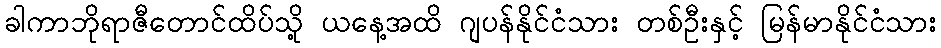
ခါကာဘိုရာဇီတောင်ထိပ်သို့ ယနေ့အထိ ဂျပန်နိုင်ငံသား တစ်ဦးနှင့် မြန်မာနိုင်ငံသား